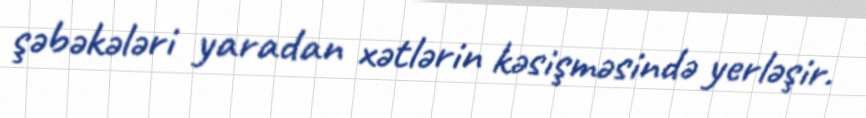
şəbəkələri yaradan xətlərin kəsişməsində yerləşir.